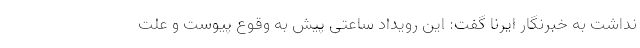
نداشت به خبرنگار ایرنا گفت: این رویداد ساعتی پیش به وقوع پیوست و علت